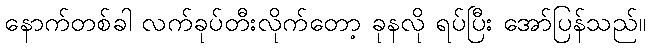
နောက်တစ်ခါ လက်ခုပ်တီးလိုက်တော့ ခုနလို ရပ်ပြီး အော်ပြန်သည်။